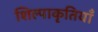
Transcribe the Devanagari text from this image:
शिल्पाकृतियाँ